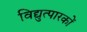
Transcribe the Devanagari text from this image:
विद्युत्पारकों